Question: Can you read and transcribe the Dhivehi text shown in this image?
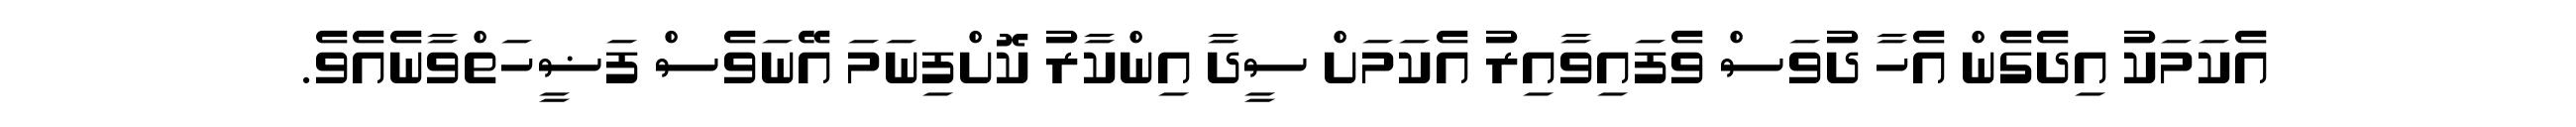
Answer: އެކަމަކު އިދެގެން އެހާ ދުވަސް ވެފައިވާއިރު އެކަމަށް ސީދާ އިންކާރު ކޮށްފިނަމަ އޭނަވެސް ފަޟީހަތްވާނެއެވެ.